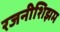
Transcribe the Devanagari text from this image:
रजनीशिझम